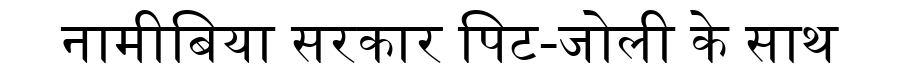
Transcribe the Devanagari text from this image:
नामीबिया सरकार पिट-जोली के साथ